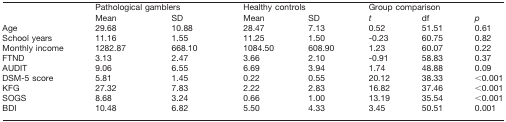
<table><thead><tr><td></td><td colspan="2"><b>Pathological gamblers</b></td><td colspan="2"><b>Healthy controls</b></td><td colspan="3"><b>Group comparison</b></td></tr></thead><tbody><tr><td></td><td>Mean</td><td>SD</td><td>Mean</td><td>SD</td><td><i>t</i></td><td>df</td><td><i>p</i></td></tr><tr><td>Age</td><td>29.68</td><td>10.88</td><td>28.47</td><td>7.13</td><td>0.52</td><td>51.51</td><td>0.61</td></tr><tr><td>School years</td><td>11.16</td><td>1.55</td><td>11.25</td><td>1.50</td><td>-0.23</td><td>60.75</td><td>0.82</td></tr><tr><td>Monthly income</td><td>1282.87</td><td>668.10</td><td>1084.50</td><td>608.90</td><td>1.23</td><td>60.07</td><td>0.22</td></tr><tr><td>FTND</td><td>3.13</td><td>2.47</td><td>3.66</td><td>2.10</td><td>-0.91</td><td>58.83</td><td>0.37</td></tr><tr><td>AUDIT</td><td>9.06</td><td>6.55</td><td>6.69</td><td>3.94</td><td>1.74</td><td>48.88</td><td>0.09</td></tr><tr><td>DSM-5 score</td><td>5.81</td><td>1.45</td><td>0.22</td><td>0.55</td><td>20.12</td><td>38.33</td><td>&lt;0.001</td></tr><tr><td>KFG</td><td>27.32</td><td>7.83</td><td>2.22</td><td>2.83</td><td>16.82</td><td>37.46</td><td>&lt;0.001</td></tr><tr><td>SOGS</td><td>8.68</td><td>3.24</td><td>0.66</td><td>1.00</td><td>13.19</td><td>35.54</td><td>&lt;0.001</td></tr><tr><td>BDI</td><td>10.48</td><td>6.82</td><td>5.50</td><td>4.33</td><td>3.45</td><td>50.51</td><td>0.001</td></tr></tbody></table>